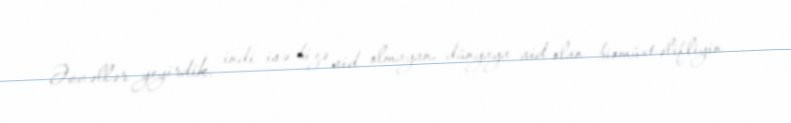
Əvvəllər yeyirdik, indi isə bizə aid olmayan, dünyaya aid olan biomüxtəlifliyin